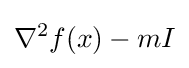
\nabla ^{2}f(x)-mI